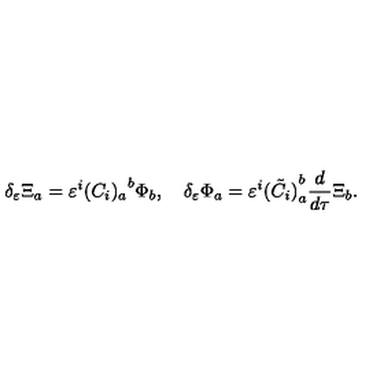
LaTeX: \delta _ { \varepsilon } \Xi _ { a } = \varepsilon ^ { i } { ( C _ { i } ) _ { a } } ^ { b } \Phi _ { b } , \quad \delta _ { \varepsilon } \Phi _ { a } = \varepsilon ^ { i } { ( \tilde { C } _ { i } ) } _ { a } ^ { b } \frac { d } { d \tau } { \Xi } _ { b } .